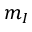
m _ { I }